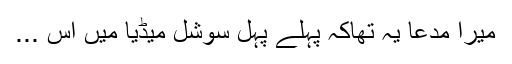
میرا مدعا یہ تھاکہ پہلے پہل سوشل میڈیا میں اس ...